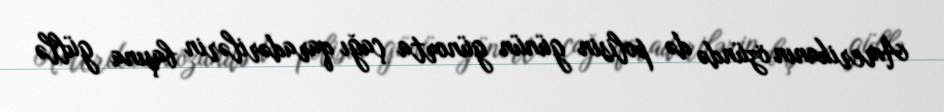
Amerikanın özündə də polisin günün günorta çağı qaradərilərin başına güllə